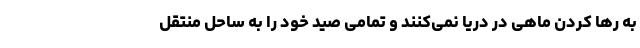
به رها کردن ماهی در دریا نمی‌کنند و تمامی صید خود را به ساحل منتقل